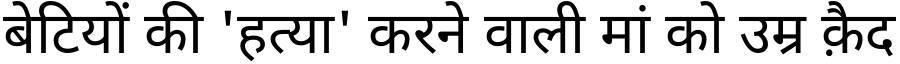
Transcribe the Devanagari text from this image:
बेटियों की 'हत्या' करने वाली मां को उम्र क़ैद